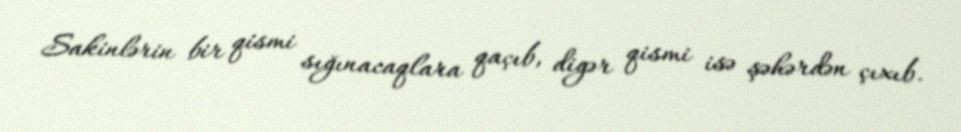
Sakinlərin bir qismi sığınacaqlara qaçıb, digər qismi isə şəhərdən çıxıb.